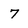
Character: 7